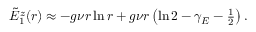
\begin{array} { r } { \tilde { E } _ { 1 } ^ { z } ( r ) \approx - g \nu r \ln r + g \nu r \left( \ln 2 - \gamma _ { E } - \frac { 1 } { 2 } \right) . } \end{array}